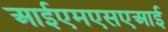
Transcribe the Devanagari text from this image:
आईएमएसएआई